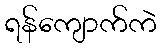
ရန်ကျောက်ကဲ